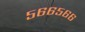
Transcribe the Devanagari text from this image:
५६६५६६